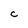
Character: c